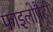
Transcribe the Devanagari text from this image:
फाइलोपैट्री